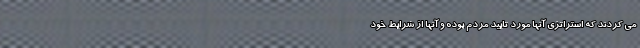
می کردند که استراتژی آنها مورد تایید مردم بوده و آنها از شرایط خود